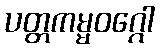
ပတ္တကမ္မဝဂ္ဂေါ